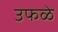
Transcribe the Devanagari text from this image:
उफळे